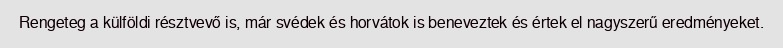
Rengeteg a külföldi résztvevő is, már svédek és horvátok is beneveztek és értek el nagyszerű eredményeket.